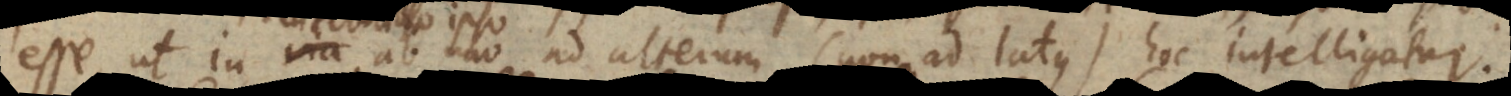
intervallo ipso ab uno ad alterum (non ad latus) hoc intelligatur: